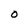
Character: O